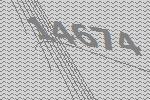
14674